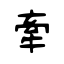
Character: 牽